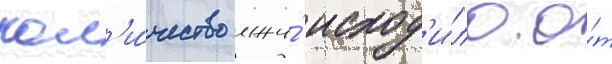
кол'и́чество лжи́ исход'и́ло о́т